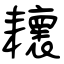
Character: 耲